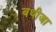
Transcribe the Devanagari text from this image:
बथीजा